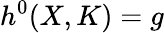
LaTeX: h^{0}(X,K)=g